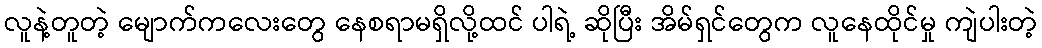
လူနဲ့တူတဲ့ မျောက်ကလေးတွေ နေစရာမရှိလို့ထင် ပါရဲ့ ဆိုပြီး အိမ်ရှင်တွေက လူနေထိုင်မှု ကျဲပါးတဲ့